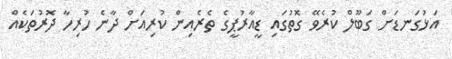
އަޅުގަނޑަށް ގަބޫލް ކުރެވޭ ގޮތުގައި ޑީއާރުޕީގެ ތެރެއިން ކުރިއަށް ދާނެ ހުރިހާ ދޮރުތަކެއް